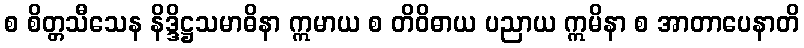
စ စိတ္တသီသေန နိဒ္ဒိဋ္ဌသမာဓိနာ ဣမာယ စ တိဝိဓာယ ပညာယ ဣမိနာ စ အာတာပေနာတိ